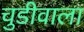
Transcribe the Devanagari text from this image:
चुडीवाला